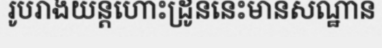
រូបរាងយន្តហោះដ្រូននេះមានសណ្ឋាន